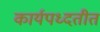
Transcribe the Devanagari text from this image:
कार्यपध्दतीत